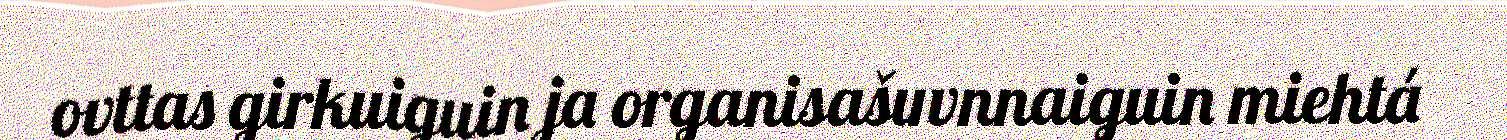
ovttas girkuiguin ja organisašuvnnaiguin miehtá